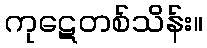
ကုဋေတစ်သိန်း။